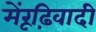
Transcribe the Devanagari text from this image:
मेंरूढ़िवादी